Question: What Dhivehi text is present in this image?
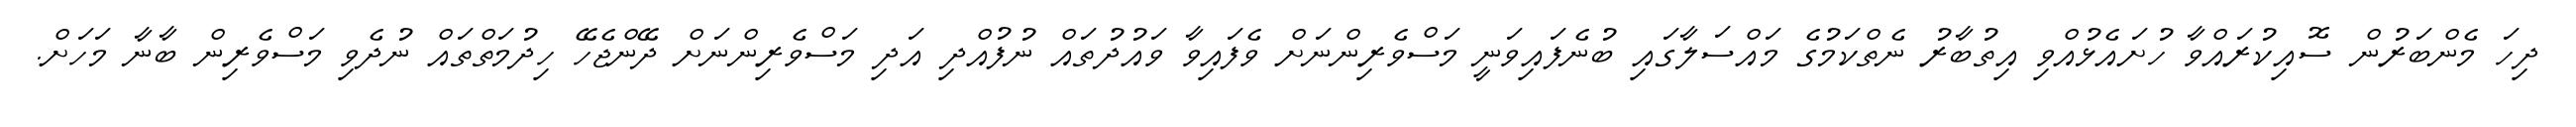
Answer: ދިހަ މެންބަރުން ސޮއިކުރައްވާ ހުށައެޅުއްވި އިތުބާރު ނެތްކަމުގެ މައްސަލާގައި ބުނެފައިވަނީ މަސްވެރިންނަށް ވެފައިވާ ވައުދުތައް ނުފުއްދި އަދި މަސްވެރިންނަށް ދޭންޖެހޭ ހިދުމަތްތައް ނުދެވި މަސްވެރިން ބާނާ މަހަށް.